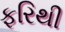
ફરિથી